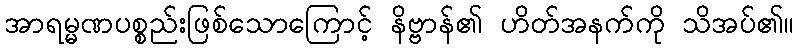
အာရမ္မဏပစ္စည်းဖြစ်သောကြောင့် နိဗ္ဗာန်၏ ဟိတ်အနက်ကို သိအပ်၏။